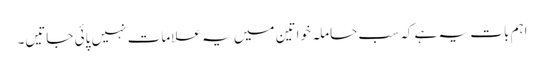
اہم بات یہ ہے کہ سب حاملہ خواتین میں یہ علامات نہیں پائی جاتیں۔